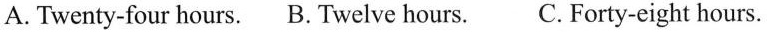
A. Twenty-four hours. B. Twelve hours. C.Forty-eight hours.